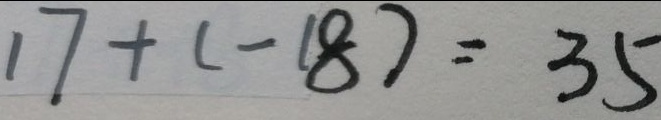
1 7 + ( - 1 8 ) = 3 5